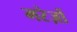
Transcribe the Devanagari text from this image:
मरेज़ों